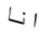
انا